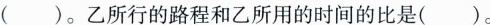
( )。乙所行的路程和乙所用的时间的比是( )。